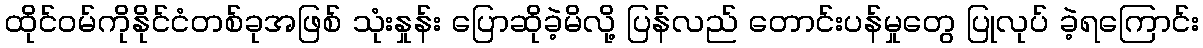
ထိုင်ဝမ်ကိုနိုင်ငံတစ်ခုအဖြစ် သုံးနှုန်း ပြောဆိုခဲ့မိလို့ ပြန်လည် တောင်းပန်မှုတွေ ပြုလုပ် ခဲ့ရကြောင်း